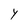
Character: Y